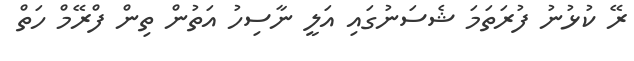
ރޭ ކުޅުނު ފުރަތަމަ ޝެސަނުގައި އަލީ ނާސިހު އަތުން ތިން ފްރޭމް ހަތް